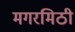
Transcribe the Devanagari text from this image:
मगरमिठी